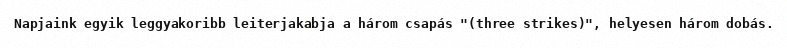
Napjaink egyik leggyakoribb leiterjakabja a három csapás "(three strikes)", helyesen három dobás.